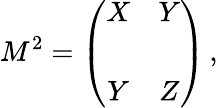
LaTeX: M^{2}=\left(\begin{array}{cc}{{X}}&{{Y}}\\ {{}}&{{}}\\ {{Y}}&{{Z}}\end{array}\right)\, ,